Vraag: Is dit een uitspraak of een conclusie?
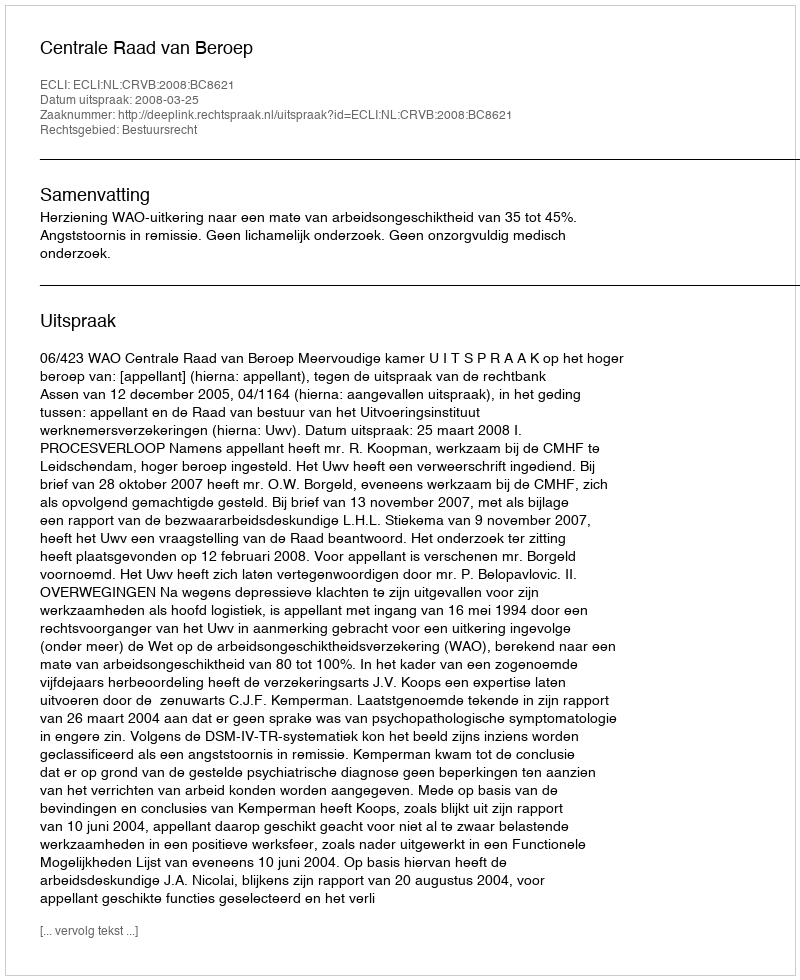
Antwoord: Uitspraak